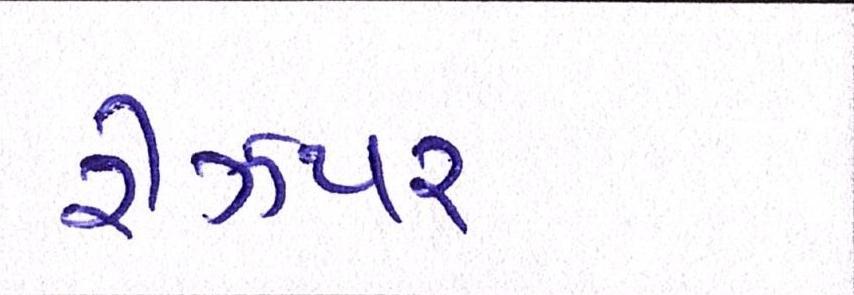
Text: રીઝપર